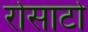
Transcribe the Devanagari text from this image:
रोसाटो